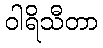
ဝါရိသီတာ